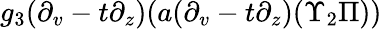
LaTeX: g_{3}(\partial_{v}-t\partial_{z})(a(\partial_{v}-t\partial_{z})(\Upsilon_{2}\Pi))